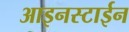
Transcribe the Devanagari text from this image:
आइनस्टाईन